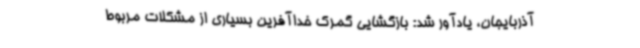
آذربایجان، یادآور شد: بازگشایی گمرک خداآفرین بسیاری از مشکلات مربوط